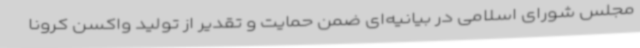
مجلس شورای اسلامی در بیانیه‌ای ضمن حمایت و تقدیر از تولید واکسن کرونا